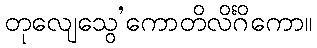
တုလျေသွေ’ကောတိလိင်္ဂိကော။